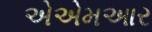
એએમઆર